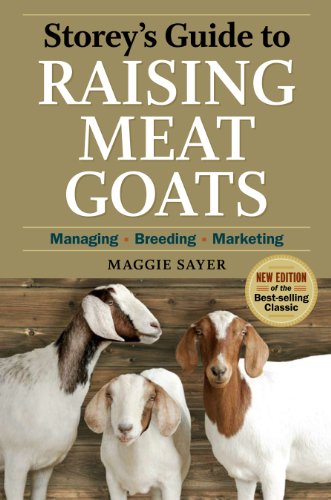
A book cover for Storey's Guide to Raising Meat Goats, 2nd Edition: Managing, Breeding, Marketing; Maggie Sayer; Medical Books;